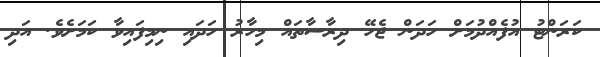
ކަރަންޓު އުފެއްދުމަށް ހަދަން ޖެހޭ ދިރާސާތައް މިހާރު ހަދައި ނިމިފައިވާ ކަމަށެވެ. އަދި